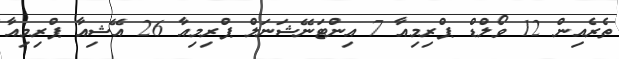
ތެރެއިން 12 ވޯލްޑް ޕްރިމިއާ 7 އިންޓަނޭޝަނަލް ޕްރިމިއާ 26 އޭޝިއާ ޕްރިމިއާ